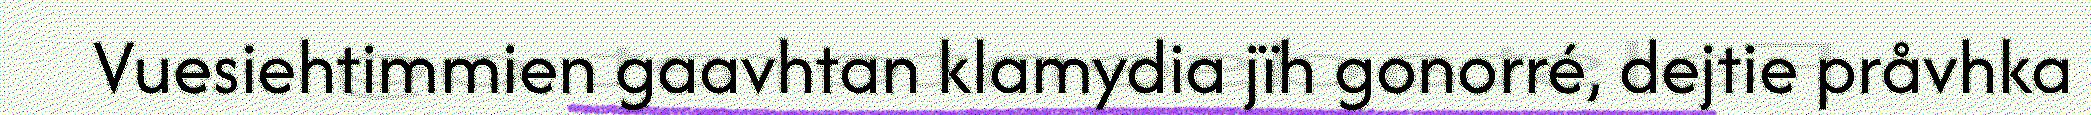
Vuesiehtimmien gaavhtan klamydia jïh gonorré, dejtie pråvhka